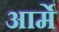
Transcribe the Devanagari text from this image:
आर्मे